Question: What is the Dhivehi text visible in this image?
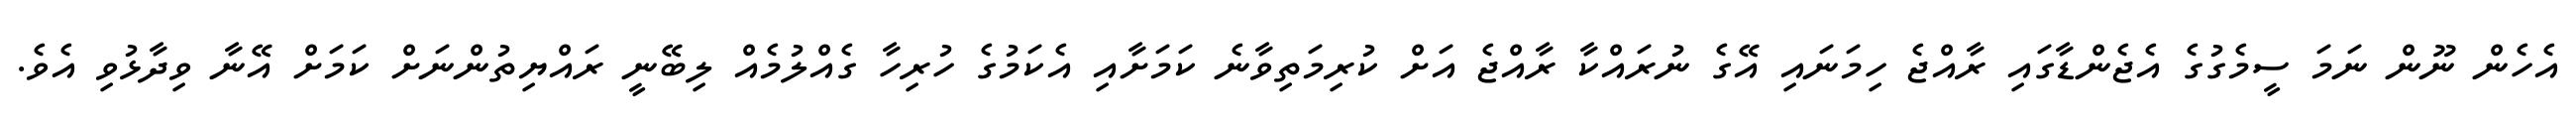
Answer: އެހެން ނޫން ނަމަ ސީމެގުގެ އެޖެންޑާގައި ރާއްޖެ ހިމަނައި އޭގެ ނުރައްކާ ރާއްޖެ އަށް ކުރިމަތިވާނެ ކަމަށާއި އެކަމުގެ ހުރިހާ ގެއްލުމެއް ލިބޭނީ ރައްޔިތުންނަށް ކަމަށް އޭނާ ވިދާޅުވި އެވެ.